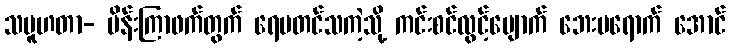
သမူဟတာ- ပိန်းကြာဖက်တွက် ရေမတင်သကဲ့သို့ ကင်းစင်လွင့်ပျောက် ဘေးမရောက် အောင်